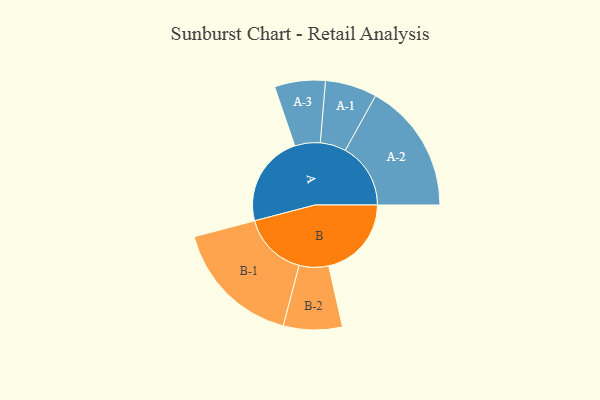
{"axis": {"x": "Segment", "y": "Value"}, "legend": ["", "A", "B"], "data": [{"x": "A", "y": 391, "type": ""}, {"x": "B", "y": 352, "type": ""}, {"x": "A-1", "y": 110, "type": "A"}, {"x": "A-2", "y": 278, "type": "A"}, {"x": "A-3", "y": 108, "type": "A"}, {"x": "B-1", "y": 276, "type": "B"}, {"x": "B-2", "y": 125, "type": "B"}]}